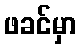
ဖခင်မှာ